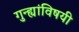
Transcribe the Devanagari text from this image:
गुन्ह्यांविषयी